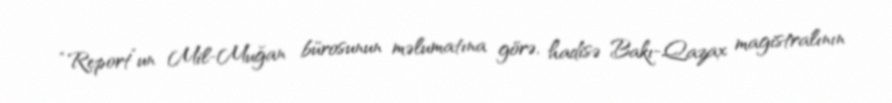
“Report”un Mil-Muğan bürosunun məlumatına görə, hadisə Bakı-Qazax magistralının